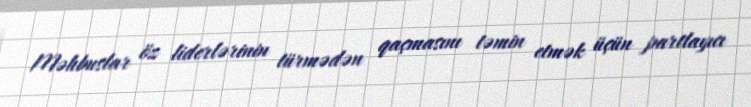
Məhbuslar öz liderlərinin türmədən qaçmasını təmin etmək üçün partlayıcı